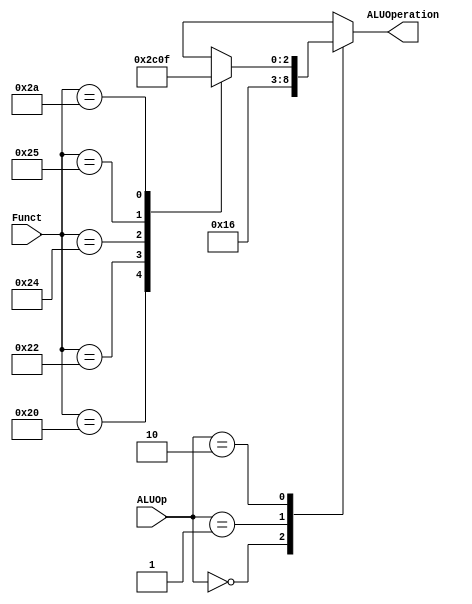
`timescale 1ns / 1ps
//////////////////////////////////////////////////////////////////////////////////
// Company: 
// Engineer: 
// 
// Design Name: 
// Module Name: AluControl
// Project Name: 
// Target Devices: 
// Tool Versions: 
// Description: 
// 
// Dependencies: 
// 
// Revision:
// Revision 0.01 - File Created
// Additional Comments: Este modulo se encarga de implementar el control de la Alu, segun el codigo de la instruccion
// la funcion y para definir. La lgica y las diferentes tablas en las que est basadp, se pueden entontrar en el Patterson
// 3era edicin. En las pg 301-302
//////////////////////////////////////////////////////////////////////////////////


module AluControl(ALUOp, Funct, ALUOperation);

    input [1:0] ALUOp; // Codigo de la instruccion, Tipo R, SW, LD, o Branch
    input [5:0] Funct; // Funcion de la instruccion
    output [2:0] ALUOperation; // Seal de control para definir la operacion de la ALU
    reg    [2:0] ALUOperation;

    // Constantes para los codigos de funcion de instrucciones MIPS
    parameter F_add = 6'd32; // Equivalente a 20hex del codigo add de MIPS
    parameter F_sub = 6'd34; // Equivalente a 22hex del codigo sub de MIPS
    parameter F_and = 6'd36; // Equivalente a 24hex del codigo and de MIPS
    parameter F_or  = 6'd37; // Equivalente a 25hex del codigo or de MIPS
    parameter F_slt = 6'd42; // Equivalente a 2Ahex del codigo slt de MIPS

    // Constantes para las funciones de la Alu
    parameter ALU_add = 3'b010; // Codigo asignado para add
    parameter ALU_sub = 3'b110; // Codigo asignado para sub
    parameter ALU_and = 3'b000; // Codigo asignado para and
    parameter ALU_or  = 3'b001; // Codigo asignado para or 
    parameter ALU_slt = 3'b111; // Codigo asignado para slt

    always @(ALUOp or Funct)
    begin
        case (ALUOp) 
            2'b00 : ALUOperation = ALU_add; // Realiza un add, valor fijo de suma si el codigo AluOp es 00
            2'b01 : ALUOperation = ALU_sub; // Realiza un sub, valor fijo de resta si el codigo AluOp es 01
            2'b10 : case (Funct) // En caso de que el codigo AluOp sea 10 se debe asignar un valor 
                                // de acuerdo a la funcion definida en la instruccion
                        F_add : ALUOperation = ALU_add; // 
                        F_sub : ALUOperation = ALU_sub; //
                        F_and : ALUOperation = ALU_and; //
                        F_or  : ALUOperation = ALU_or; //
                        F_slt : ALUOperation = ALU_slt; //
                        default ALUOperation = 3'bxxx;
                    endcase
            default ALUOperation = 3'bxxx;
        endcase
    end
endmodule